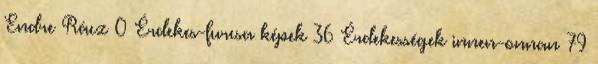
Endre Rácz 0 Érdekes-furcsa képek 36 Érdekességek innen-onnan 79